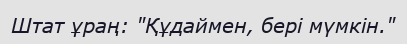
Штат ұраң: "Құдаймен, бері мүмкін."